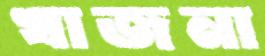
খাজনা